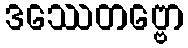
ဒဿေတဗ္ဗော